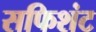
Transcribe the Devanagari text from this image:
सफिशंट